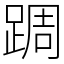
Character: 𨂊